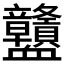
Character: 𧗜